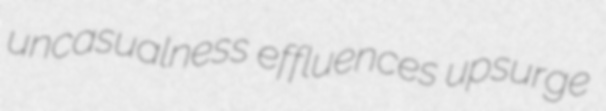
uncasualness effluences upsurge